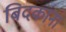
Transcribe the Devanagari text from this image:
बिदकाना